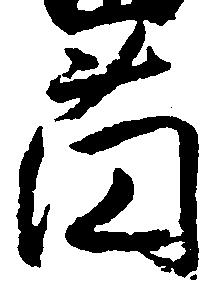
薗